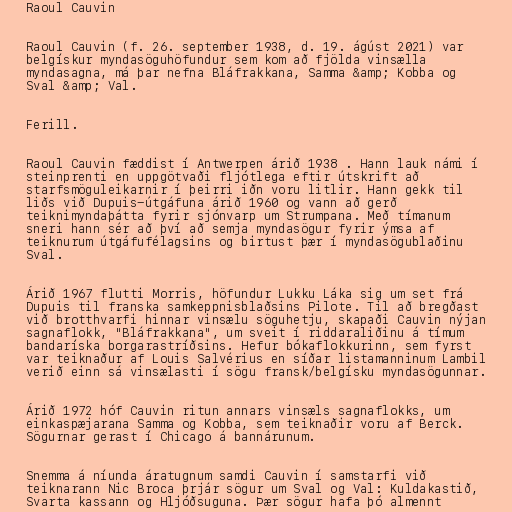
Raoul Cauvin

Raoul Cauvin (f. 26. september 1938, d. 19. ágúst 2021) var
belgískur myndasöguhöfundur sem kom að fjölda vinsælla
myndasagna, má þar nefna Bláfrakkana, Samma &amp; Kobba og
Sval &amp; Val.

Ferill.

Raoul Cauvin fæddist í Antwerpen árið 1938 . Hann lauk námi í
steinprenti en uppgötvaði fljótlega eftir útskrift að
starfsmöguleikarnir í þeirri iðn voru litlir. Hann gekk til
liðs við Dupuis-útgáfuna árið 1960 og vann að gerð
teiknimyndaþátta fyrir sjónvarp um Strumpana. Með tímanum
sneri hann sér að því að semja myndasögur fyrir ýmsa af
teiknurum útgáfufélagsins og birtust þær í myndasögublaðinu
Sval.

Árið 1967 flutti Morris, höfundur Lukku Láka sig um set frá
Dupuis til franska samkeppnisblaðsins Pilote. Til að bregðast
við brotthvarfi hinnar vinsælu söguhetju, skapaði Cauvin nýjan
sagnaflokk, "Bláfrakkana", um sveit í riddaraliðinu á tímum
bandaríska borgarastríðsins. Hefur bókaflokkurinn, sem fyrst
var teiknaður af Louis Salvérius en síðar listamanninum Lambil
verið einn sá vinsælasti í sögu fransk/belgísku myndasögunnar.

Árið 1972 hóf Cauvin ritun annars vinsæls sagnaflokks, um
einkaspæjarana Samma og Kobba, sem teiknaðir voru af Berck.
Sögurnar gerast í Chicago á bannárunum.

Snemma á níunda áratugnum samdi Cauvin í samstarfi við
teiknarann Nic Broca þrjár sögur um Sval og Val: Kuldakastið,
Svarta kassann og Hljóðsuguna. Þær sögur hafa þó almennt